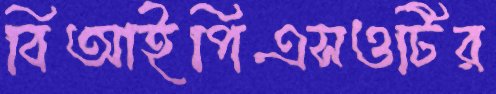
বিআইপিএসওটির